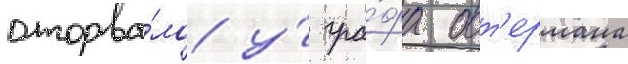
оторва́ло у́ гра́фа ост'ермана